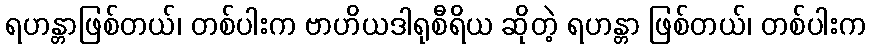
ရဟန္တာဖြစ်တယ်၊ တစ်ပါးက ဗာဟိယဒါရုစီရိယ ဆိုတဲ့ ရဟန္တာ ဖြစ်တယ်၊ တစ်ပါးက